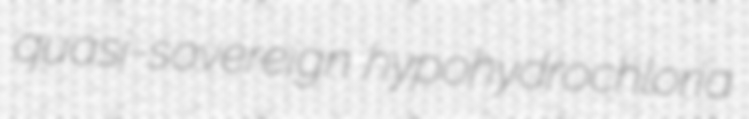
quasi-sovereign hypohydrochloria